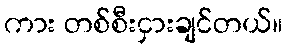
ကား တစ်စီးငှားချင်တယ်။